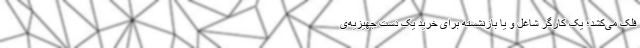
فلک می‌کشد؛ یک کارگر شاغل و یا بازنشسته برای خرید یک دست جهیزیه‌ی